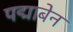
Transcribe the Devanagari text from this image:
पद्माबेन